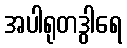
အပါရုတဒွါရေ